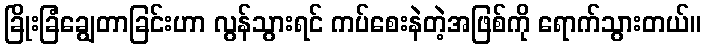
ခြိုးခြံချွေတာခြင်းဟာ လွန်သွားရင် ကပ်စေးနဲတဲ့အဖြစ်ကို ရောက်သွားတယ်။